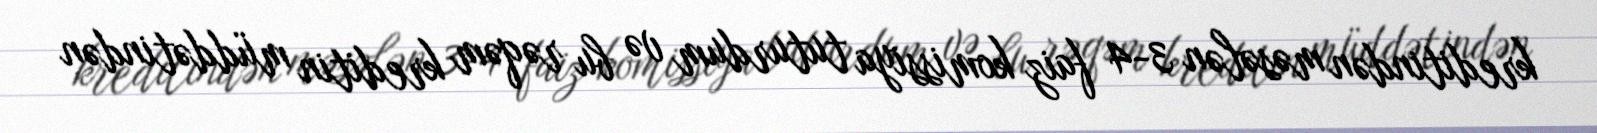
kreditindən məsələn 3-4 faiz komissiya tuturdum və bu rəqəm kreditin müddətindən